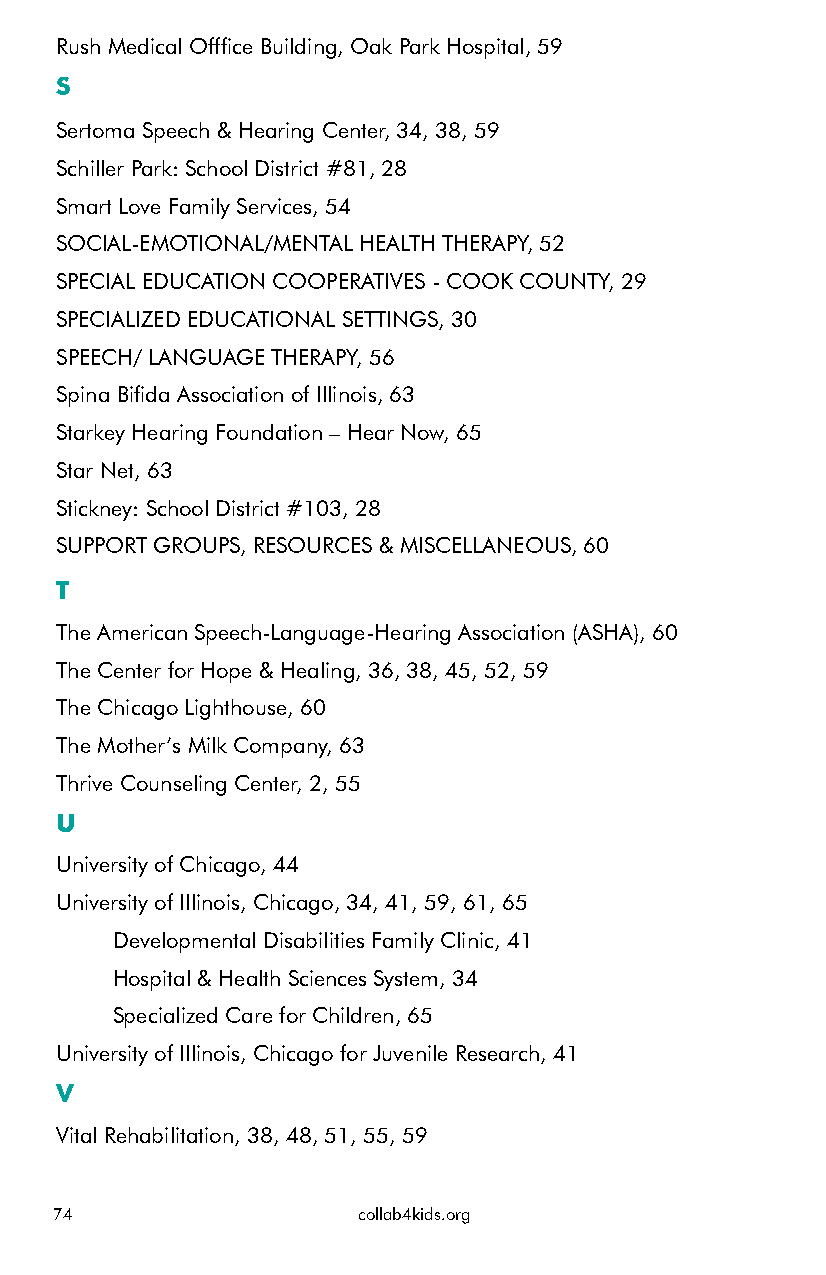
Rush Medical Offfice Building, Oak Park Hospital, 59
 S
 Sertoma Speech & Hearing Center, 34, 38, 59
 Schiller Park: School District #81, 28
 Smart Love Family Services, 54
 SOCIAL-EMOTIONAL/MENTAL HEALTH THERAPY, 52
 SPECIAL EDUCATION COOPERATIVES - COOK COUNTY, 29
 SPECIALIZED EDUCATIONAL SETTINGS, 30
 SPEECH/ LANGUAGE THERAPY, 56
 Spina Bifida Association of Illinois, 63
 Starkey Hearing Foundation – Hear Now, 65
 Star Net, 63
 Stickney: School District #103, 28
 SUPPORT GROUPS, RESOURCES & MISCELLANEOUS, 60
 T
 The American Speech-Language-Hearing Association (ASHA), 60
 The Center for Hope & Healing, 36, 38, 45, 52, 59
 The Chicago Lighthouse, 60
 The Mother’s Milk Company, 63
 Thrive Counseling Center, 2, 55
 U
 University of Chicago, 44
 University of Illinois, Chicago, 34, 41, 59, 61, 65
 Developmental Disabilities Family Clinic, 41
 Hospital & Health Sciences System, 34
 Specialized Care for Children, 65
 University of Illinois, Chicago for Juvenile Research, 41
 V
 Vital Rehabilitation, 38, 48, 51, 55, 59
 74                  collab4kids.org